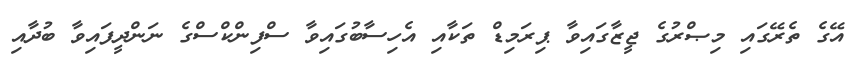
އޭގެ ތެރޭގައި މިޞްރުގެ ޖީޒާގައިވާ ޕިރަމިޑް ތަކާއި އެހިސާބުގައިވާ ސްފިންކްސްގެ ނަންދީފައިވާ ބުދާއި